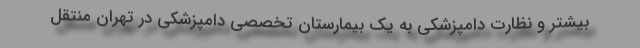
بیشتر و نظارت دامپزشکی به یک بیمارستان تخصصی دامپزشکی در تهران منتقل